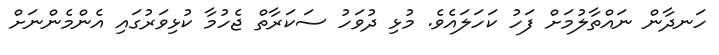
ހަނދާން ނައްތާލުމަށް ފަހު ކަހަލައެވެ. މުޅި ދުވަހު ސަކަރާތް ޖެހުމާ ކުޅިވަރުގައި އެންމެންނަށް